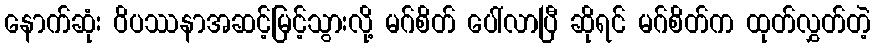
နောက်ဆုံး ဝိပဿနာအဆင့်မြင့်သွားလို့ မဂ်စိတ် ပေါ်လာပြီ ဆိုရင် မဂ်စိတ်က ထုတ်လွှတ်တဲ့